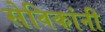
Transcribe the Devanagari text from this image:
सेविकांनी